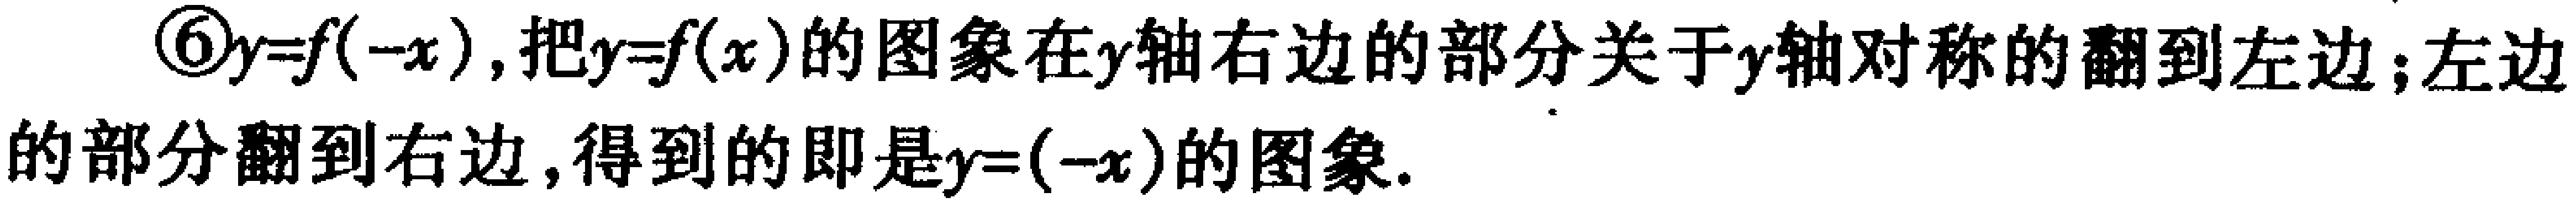
\textcircled{6}$y = f(-x)$,把$y = f(x)$的图象在$y$轴右边的部分关于$y$轴对称的翻到左边;左边的部分翻到右边,得到的即是$y=(-x)$的图象.